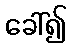
ခေါ်၍